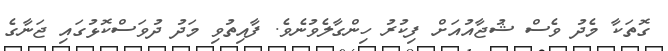
ގޮތަކާ މެދު ވެސް ޝުޖާއުއަށް ފިކުރު ހިންގާލެވުނެވެ. ފާއިތުވި މަދު ދުވަސްކޮޅުގައި ޖަނާގެ